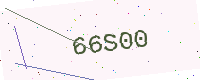
Text: 66S00